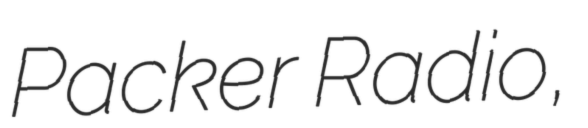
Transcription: Packer Radio,